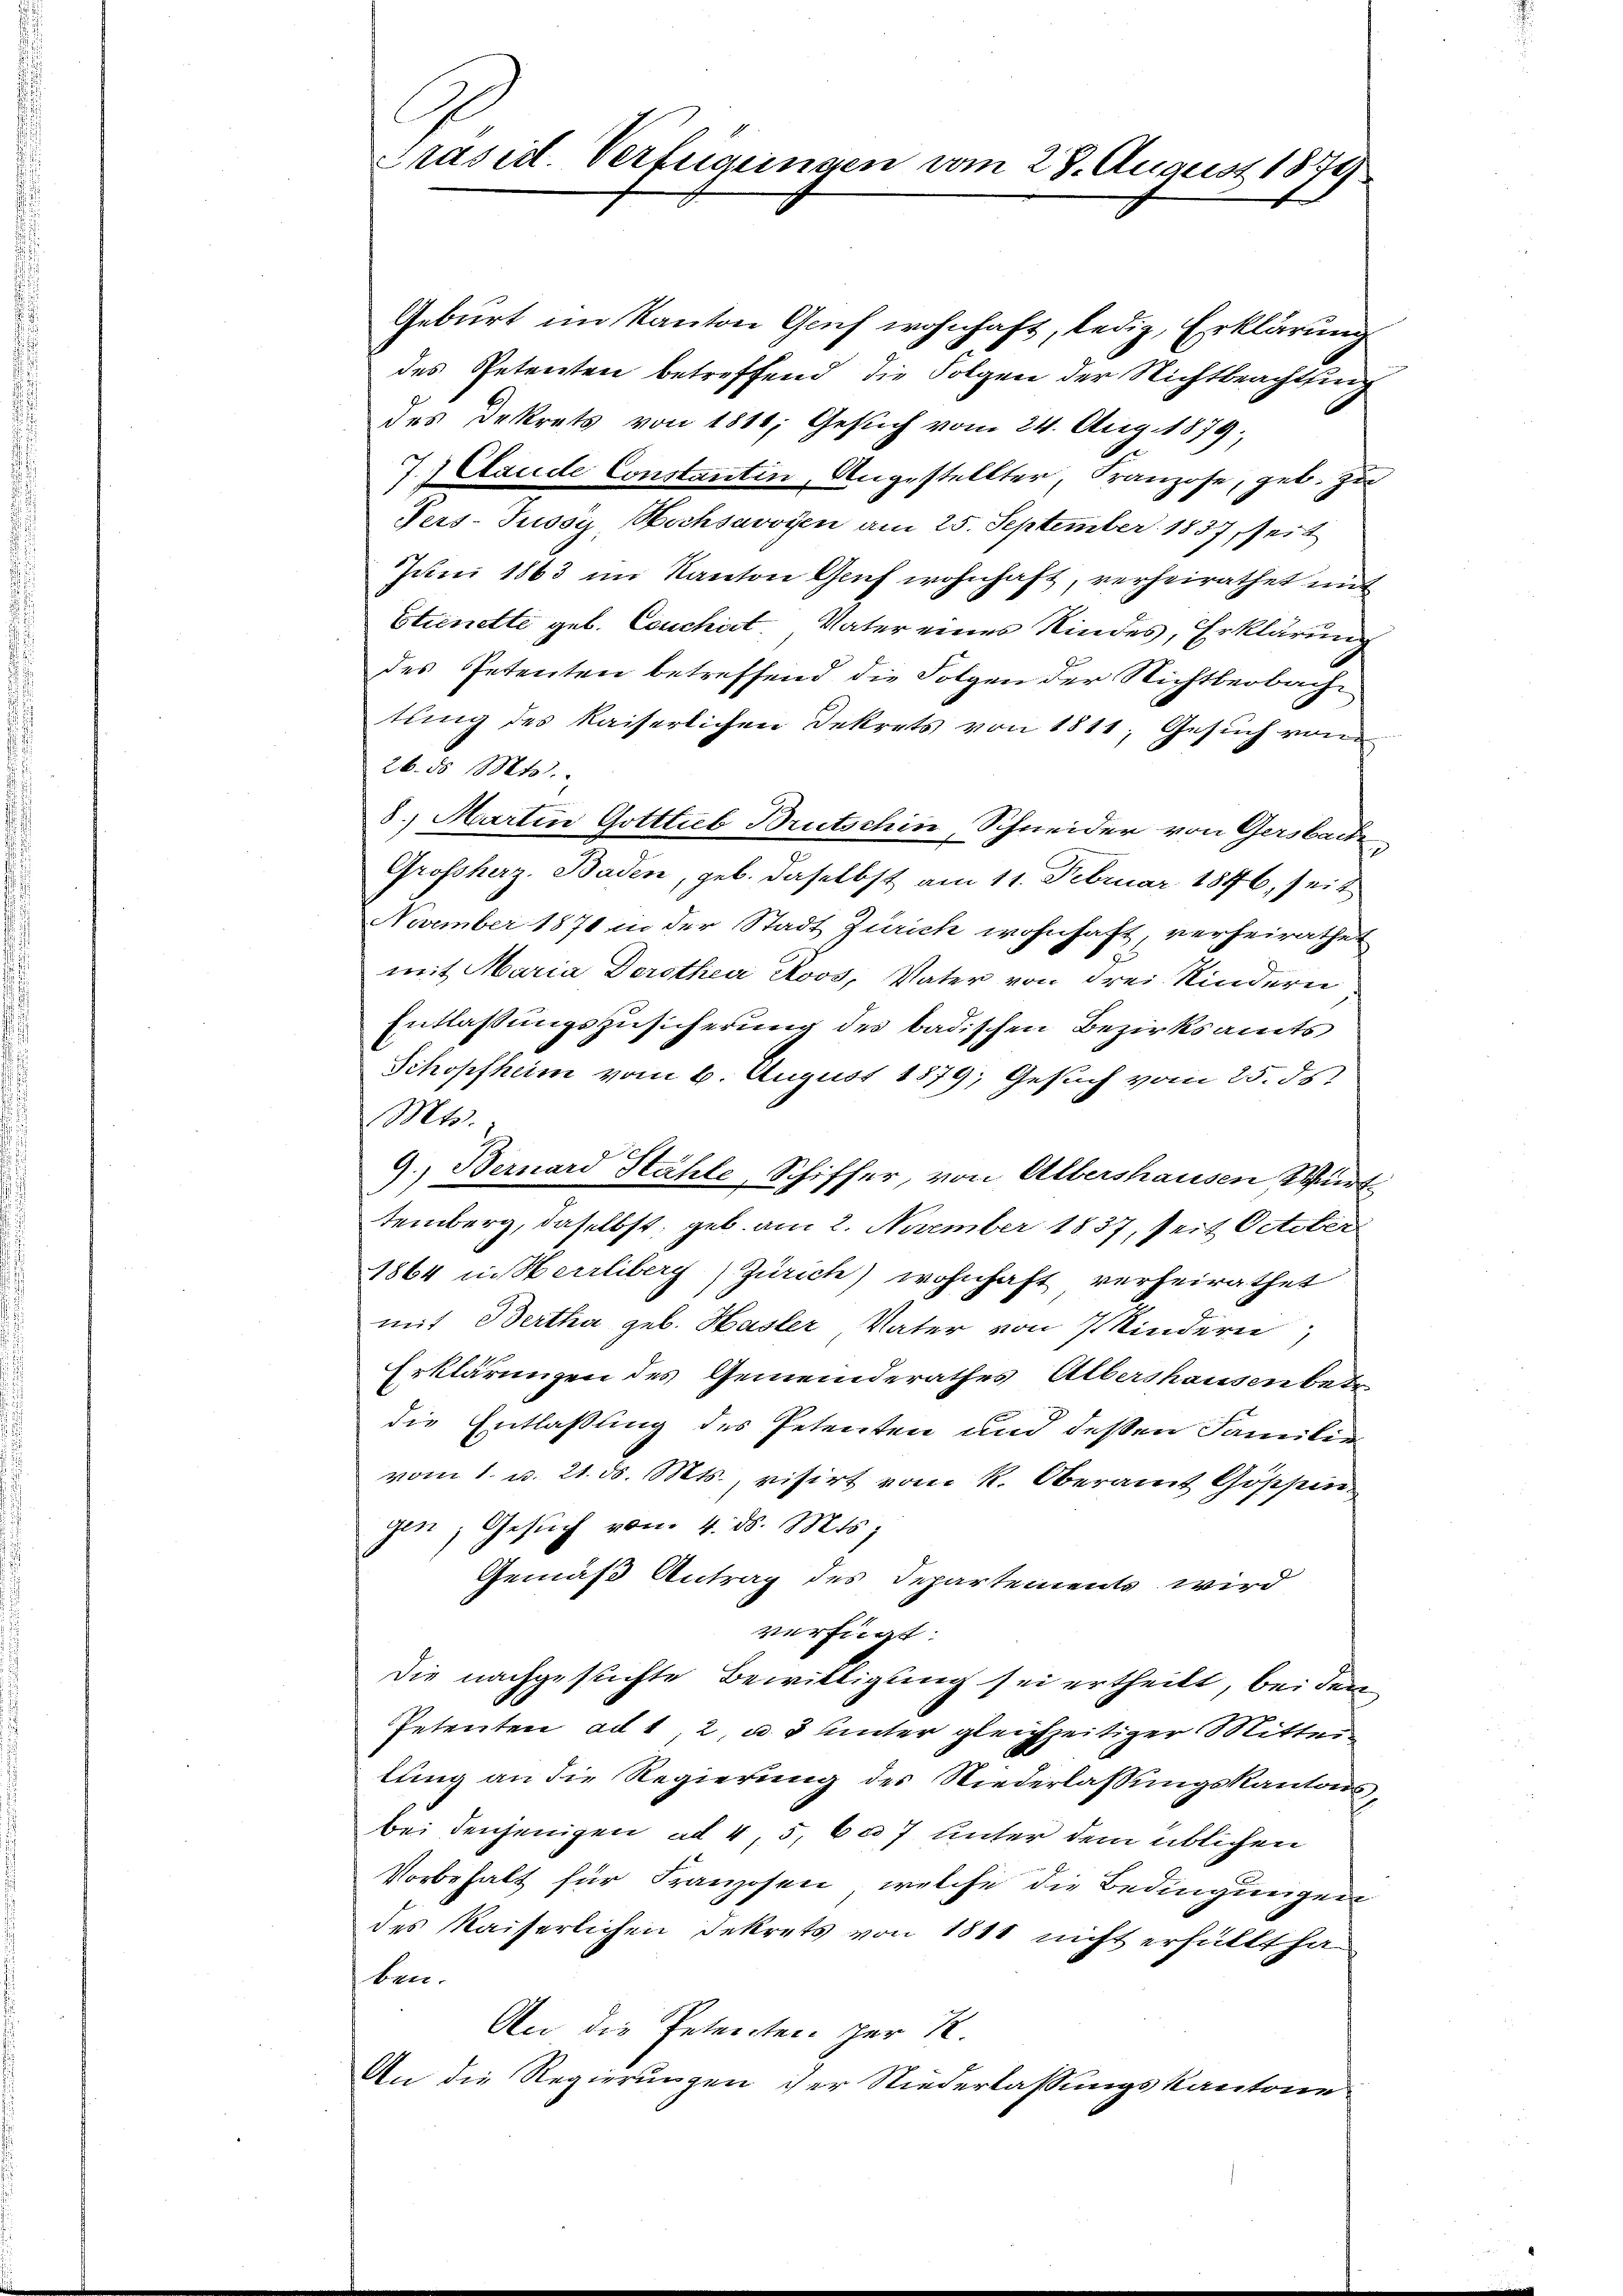
C
Präsid. Verfügungen vom 28. August 1874

Geburt im Kanton Gruch wohnhaft, ledig, Erklärung
des Petenten betreffend die Folgen der Nichtbeachtung
des Dekrets von 1811; Gesuch vom 24. Aug. 1879.
7.) Elaude Constantin, Angestellter, Franzose, geb. Zu
Pers-Pussy, Hochsavoyen am 25. September 1837 seit
Juni 1863 im Kanton Genf wohnhaft, verheirathet mit
Etienette geb. Couchirt, Vater eines Kindes, Erklärung
des Petenten betreffend die Folgen der Nichtbeobach
tung des kaiserlichen Dekrets von 1811. Gesuch von
26. d. Mts.
8. Martin Gotttub Brutschin, Schneider von Gersbache
Grossherz. Baden, geb. daselbst am 11. Februar 1846, seit
November 1871 in der Stadt Zürich wohnhaft, verheirathet
mit Maria Dorothea Roos, Vater von drei Kindern
Entlassungszusicherung des badischen Bezirksamts
Schopfheim vom 6. August 1879; Gesuch vom 25. ds.
Mts.
9.) Bernard Stähle, Schiffer, von Albershausen Wirt
temberg, daselbst; geb. am 2. November 1837, seit October
1864 in Herrliberg) Zürich) wohnhaft verheirathet
mit Bertha geb. Hasler Vater von 7 Kindern,
Erklärungen des Gemeinderathes Albershausen bei
die Entlaßung des Petenten und deßen Familien
vom 1. v. 21. ds. Mts., visirt vom k. Oberamt Göschein
gen; Gesŭch von 4. ds. Mts.
Gemäß Antrag des Departements wird
verfügt:
Die nachgesuchte Bewilligung sei ertheilt, bei den
Petenten ad 1, 2, u. 3 unter gleichzeitiger Mittei
lung an die Regierung des Niederlassungskantons,
bei denjenigen ad 45, 607 unter dem üblichen
Vorbehalt für Franzosen, welche die Bedingungen
des Kaiserlichen Dekrets von 1811 nicht erfüllt ha
ben.
An die Petenten zur R.
An die Regierungen der Niederlassungskantone